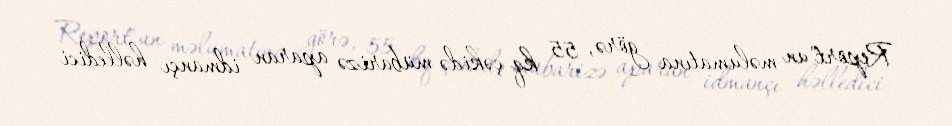
Report"un məlumatına görə, 55 kq çəkidə mübarizə aparan idmançı həlledici